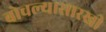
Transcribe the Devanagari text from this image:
बोचल्यासारखी